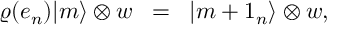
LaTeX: \varrho ( e _ { n } ) \vert m \rangle \otimes w \; \; = \; \; \vert m + 1 _ { n } \rangle \otimes w ,